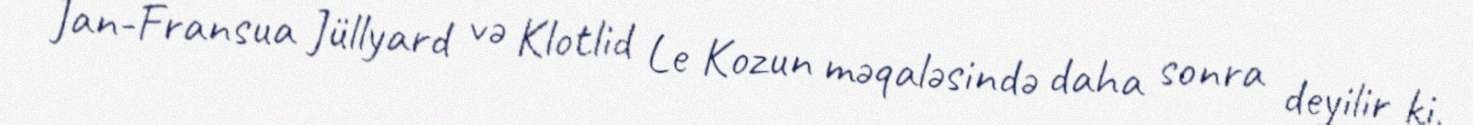
Jan-Fransua Jüllyard və Klotlid Le Kozun məqaləsində daha sonra deyilir ki,